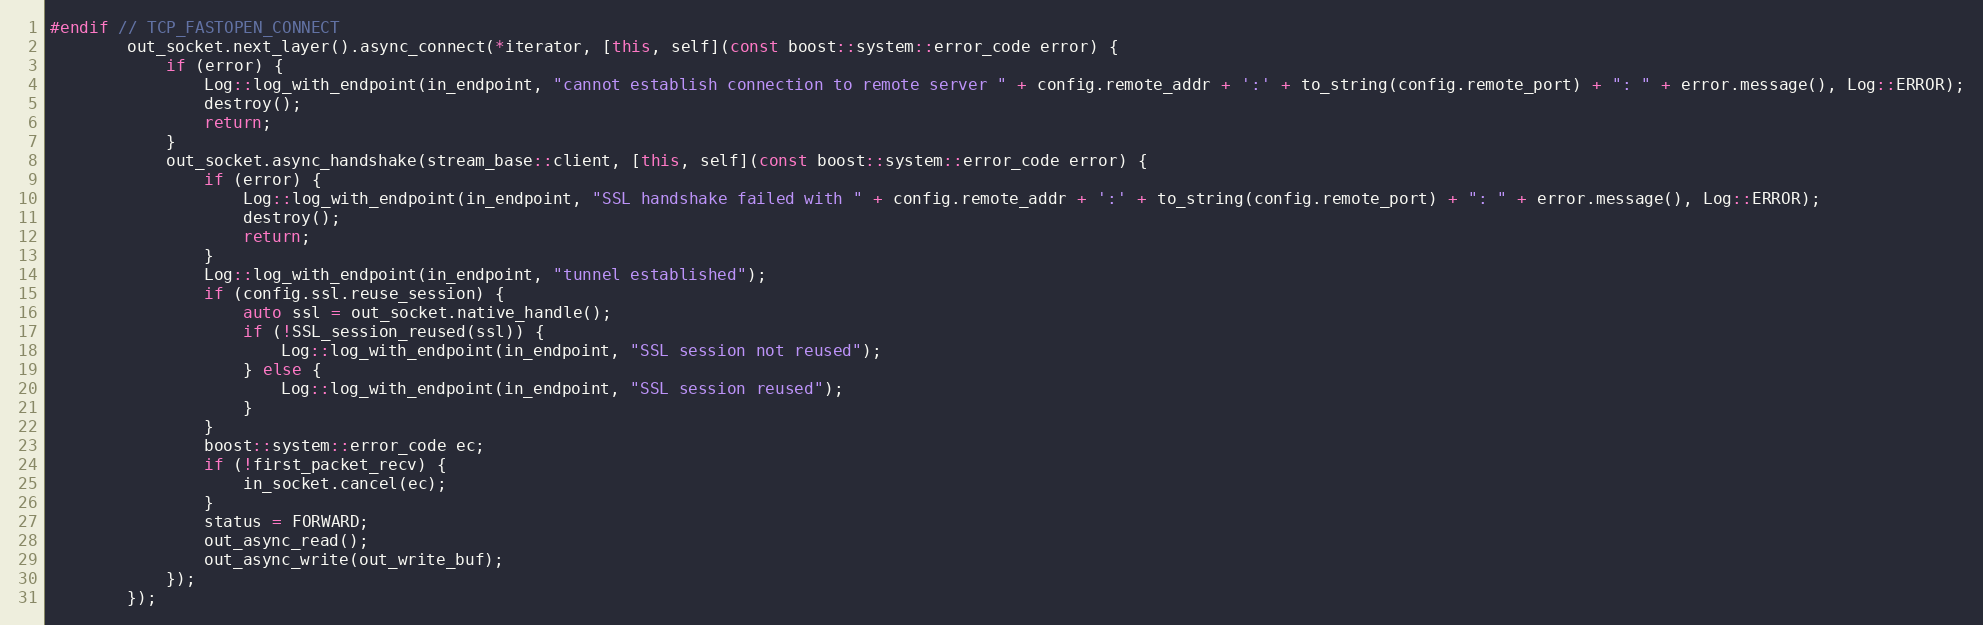
Language: C++
#endif // TCP_FASTOPEN_CONNECT
        out_socket.next_layer().async_connect(*iterator, [this, self](const boost::system::error_code error) {
            if (error) {
                Log::log_with_endpoint(in_endpoint, "cannot establish connection to remote server " + config.remote_addr + ':' + to_string(config.remote_port) + ": " + error.message(), Log::ERROR);
                destroy();
                return;
            }
            out_socket.async_handshake(stream_base::client, [this, self](const boost::system::error_code error) {
                if (error) {
                    Log::log_with_endpoint(in_endpoint, "SSL handshake failed with " + config.remote_addr + ':' + to_string(config.remote_port) + ": " + error.message(), Log::ERROR);
                    destroy();
                    return;
                }
                Log::log_with_endpoint(in_endpoint, "tunnel established");
                if (config.ssl.reuse_session) {
                    auto ssl = out_socket.native_handle();
                    if (!SSL_session_reused(ssl)) {
                        Log::log_with_endpoint(in_endpoint, "SSL session not reused");
                    } else {
                        Log::log_with_endpoint(in_endpoint, "SSL session reused");
                    }
                }
                boost::system::error_code ec;
                if (!first_packet_recv) {
                    in_socket.cancel(ec);
                }
                status = FORWARD;
                out_async_read();
                out_async_write(out_write_buf);
            });
        });